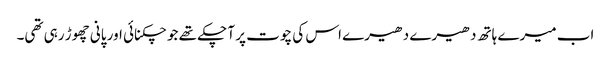
اب میرے ہاتھ دھیرے دھیرے اس کی چوت پر آ چکے تھے جو چکنائی اور پانی چھوڑ رہی تھی۔